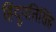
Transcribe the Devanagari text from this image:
हिंदूपतिसिंह